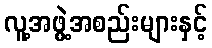
လူ့အဖွဲ့အစည်းများနှင့်